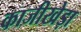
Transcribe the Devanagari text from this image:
काजीखेड़ा